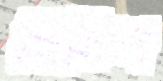
খিতিশ